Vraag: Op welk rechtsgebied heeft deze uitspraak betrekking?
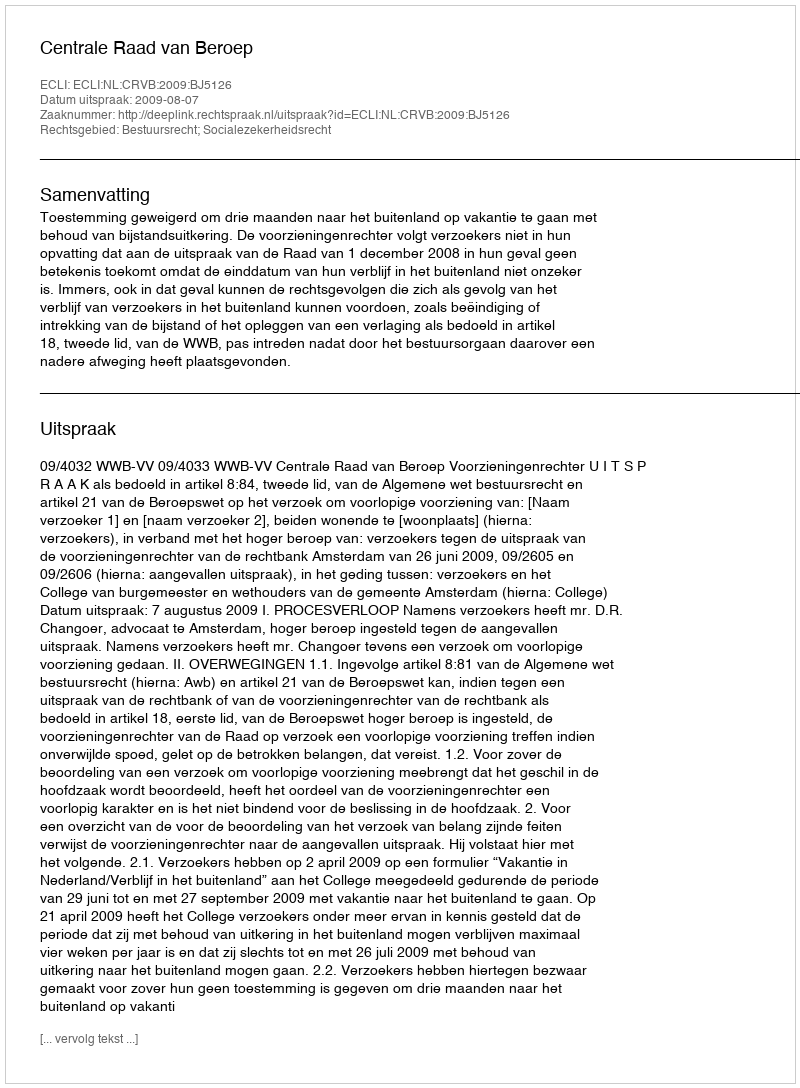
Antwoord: Bestuursrecht; Socialezekerheidsrecht